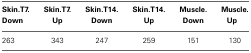
<table><thead><tr><td><b>Skin.T7.Down</b></td><td><b>Skin.T7.Up</b></td><td><b>Skin.T14.Down</b></td><td><b>Skin.T14.Up</b></td><td><b>Muscle.Down</b></td><td><b>Muscle.Up</b></td></tr></thead><tbody><tr><td>263</td><td>343</td><td>247</td><td>259</td><td>151</td><td>130</td></tr></tbody></table>